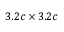
3 . 2 c \times 3 . 2 c